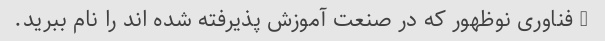
5 فناوری نوظهور که در صنعت آموزش پذیرفته شده اند را نام ببرید.